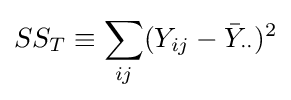
SS_{T}\equiv \sum _{ij}(Y_{ij}-{\bar {Y}}_{\cdot \cdot })^{2}